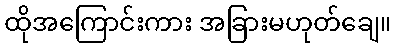
ထိုအကြောင်းကား အခြားမဟုတ်ချေ။